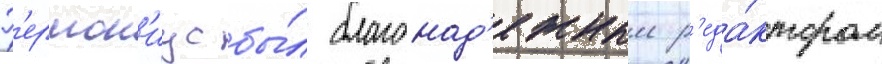
Г'ермон'иус бы́л благонад'ежным р'еда́ктором